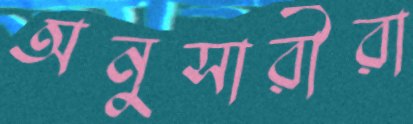
অনুসারীরা